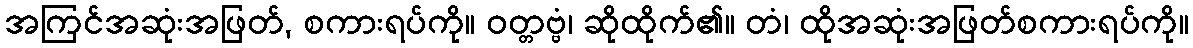
အကြင်အဆုံးအဖြတ်, စကားရပ်ကို။ ဝတ္တဗ္ဗံ၊ ဆိုထိုက်၏။ တံ၊ ထိုအဆုံးအဖြတ်စကားရပ်ကို။